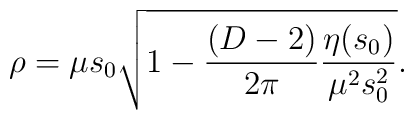
\rho=\mu s_0\sqrt{1-\frac{(D-2)}{2\pi}\frac{\eta (s_0)}{\mu^2s_0^2}}.